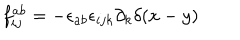
LaTeX: f _ { i j } ^ { a b } = - { \epsilon _ { a b } } { \epsilon _ { i j k } } \partial _ { k } \delta ( x - y )